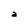
Character: a